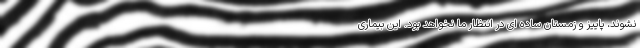
نشوند، پاییز و زمستان ساده ای در انتظار ما نخواهد بود. این بیماری